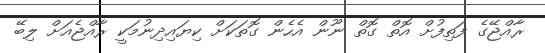
ރާއްޖޭގެ ފަތިފުށް އޮތް ގޮތް ނޫން އެހެން ގޮތަކަށް ކިޔައިދިނުމަކީ ރާއްޖެއަށް ލިބޭ